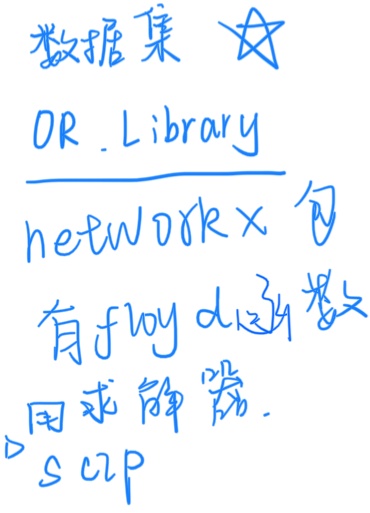
数据集 ★OR Library network × 包有 floyd 算法用求解器.SCIP